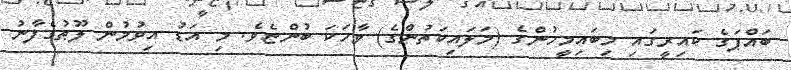
ބައްޕަގެ ކައިރީގައި މިބައިމީހުންގެ (މަލައިކަތުންގެ) ވާހަކަ ބުންޏެވެ. މި އަޑު އިވުމުން ލޫޠުގެފާނު